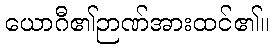
ယောဂီ၏ဉာဏ်အားထင်၏။